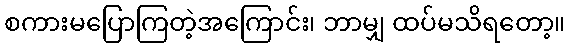
စကားမပြောကြတဲ့အကြောင်း၊ ဘာမျှ ထပ်မသိရတော့။